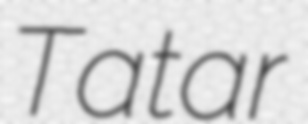
Tatar